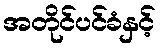
အတိုင်ပင်ခံနှင့်